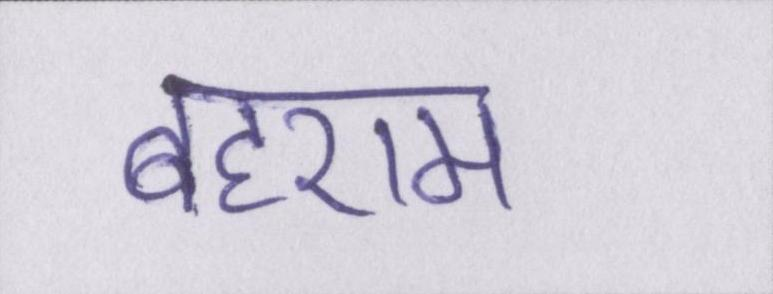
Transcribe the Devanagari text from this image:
बहराम